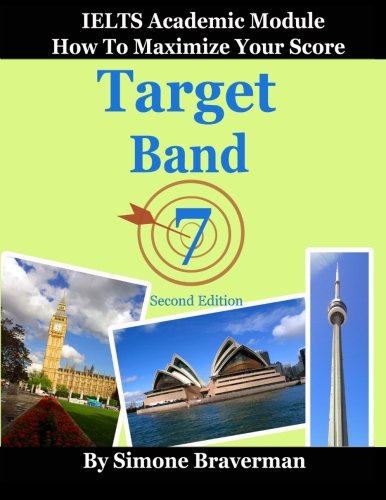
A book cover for Target Band 7: IELTS Academic Module - How to Maximize Your Score (second edition); Simone Braverman; Reference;